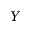
Y